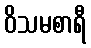
ဝိသမစာရီ